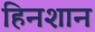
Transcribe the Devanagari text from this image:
हिनशान